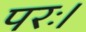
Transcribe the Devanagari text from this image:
परः।